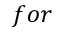
f o r